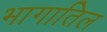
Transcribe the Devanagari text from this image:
भागातिल